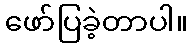
ဖော်ပြခဲ့တာပါ။